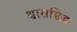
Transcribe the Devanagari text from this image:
श्वासछिद्र